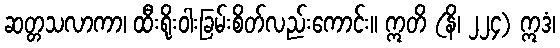
ဆတ္တသလာကာ၊ ထီးရိုးဝါးခြမ်းစိတ်လည်းကောင်း။ ဣတိ (နိ၊ ၂၂၄) ဣဒံ၊